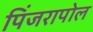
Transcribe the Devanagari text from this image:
पिंजरापोल